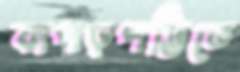
কাপড়পট্টিতে